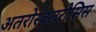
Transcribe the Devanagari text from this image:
अतरोस्क्लरोसिस